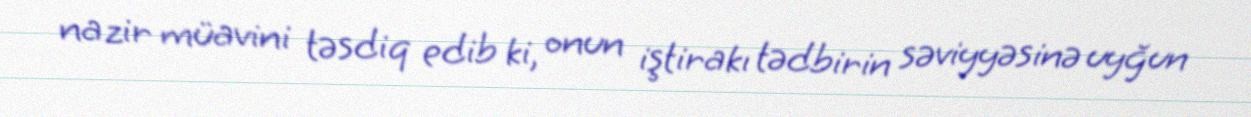
nazir müavini təsdiq edib ki, onun iştirakı tədbirin səviyyəsinə uyğun